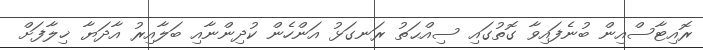
ރޮއިޓާސްއިން ބުނެފައިވާ ގޮތުގައި ސިއްޙަތު ރަނގަޅު އަންހެން ކުދިންނާއި ބަލާއިރު އާދަޔާ ޚިލާފަށް